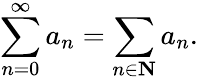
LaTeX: \sum_{n=0}^{\infty}a_{n}=\sum_{n\in\mathbf{N}}a_{n}.